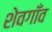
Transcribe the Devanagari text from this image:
शेवगाँव